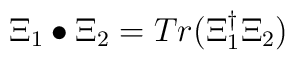
\Xi_1 \bullet \Xi_2 = Tr(\Xi_1^\dagger \Xi_2)